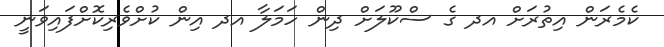
ކެމެރަން އިތުރަށް އދ ގެ ސްކޫލަށް ދިން ހަމަލާ އދ އިން ކުށްވެރިކޮށްފައިވަނީ